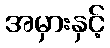
အမှားနှင့်